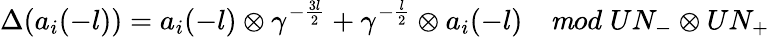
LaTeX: \Delta(a_{i}(-l))=a_{i}(-l)\otimes\gamma^{-\frac{3l}{2}}+\gamma^{-\frac{l}{2}}\otimes a_{i}(-l)\quad{\mathit mod}\; UN_{-}\otimes UN_{+}